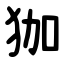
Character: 㹢